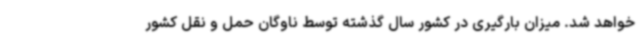
خواهد شد. میزان بارگیری در کشور سال گذشته توسط ناوگان حمل و نقل کشور